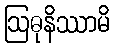
ဩဓုနိဿာမိ